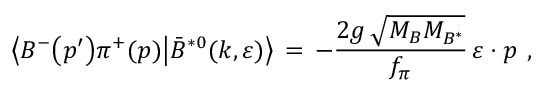
\bigl \langle B ^ { - } \bigl ( p ^ { \prime } \bigr ) \pi ^ { + } ( p ) \bigr | \bar { B } ^ { * 0 } ( k , \varepsilon ) \bigr \rangle \, = \, - { \frac { 2 g \, \sqrt { M _ { B } ^ { } M _ { B ^ { * } } ^ { } } } { f _ { \pi } ^ { } } } \, \varepsilon \cdot p ^ { } \, \, ,